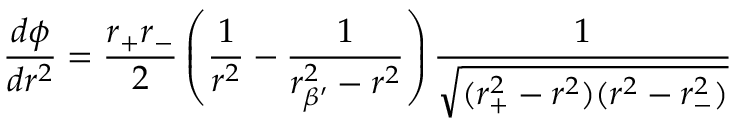
\frac { d \phi } { d r ^ { 2 } } = \frac { r _ { + } r _ { - } } { 2 } \left( \frac { 1 } { r ^ { 2 } } - \frac { 1 } { r _ { \beta ^ { \prime } } ^ { 2 } - r ^ { 2 } } \right) \frac { 1 } { \sqrt { ( r _ { + } ^ { 2 } - r ^ { 2 } ) ( r ^ { 2 } - r _ { - } ^ { 2 } ) } }